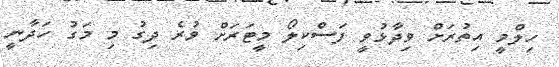
ހިލްމީ އިތުރަށް ވިދާޅުވީ ފަސްކިލޯ މީޓަރަށް ވުރެ ދިގު މި މަގު ހަދާނީ